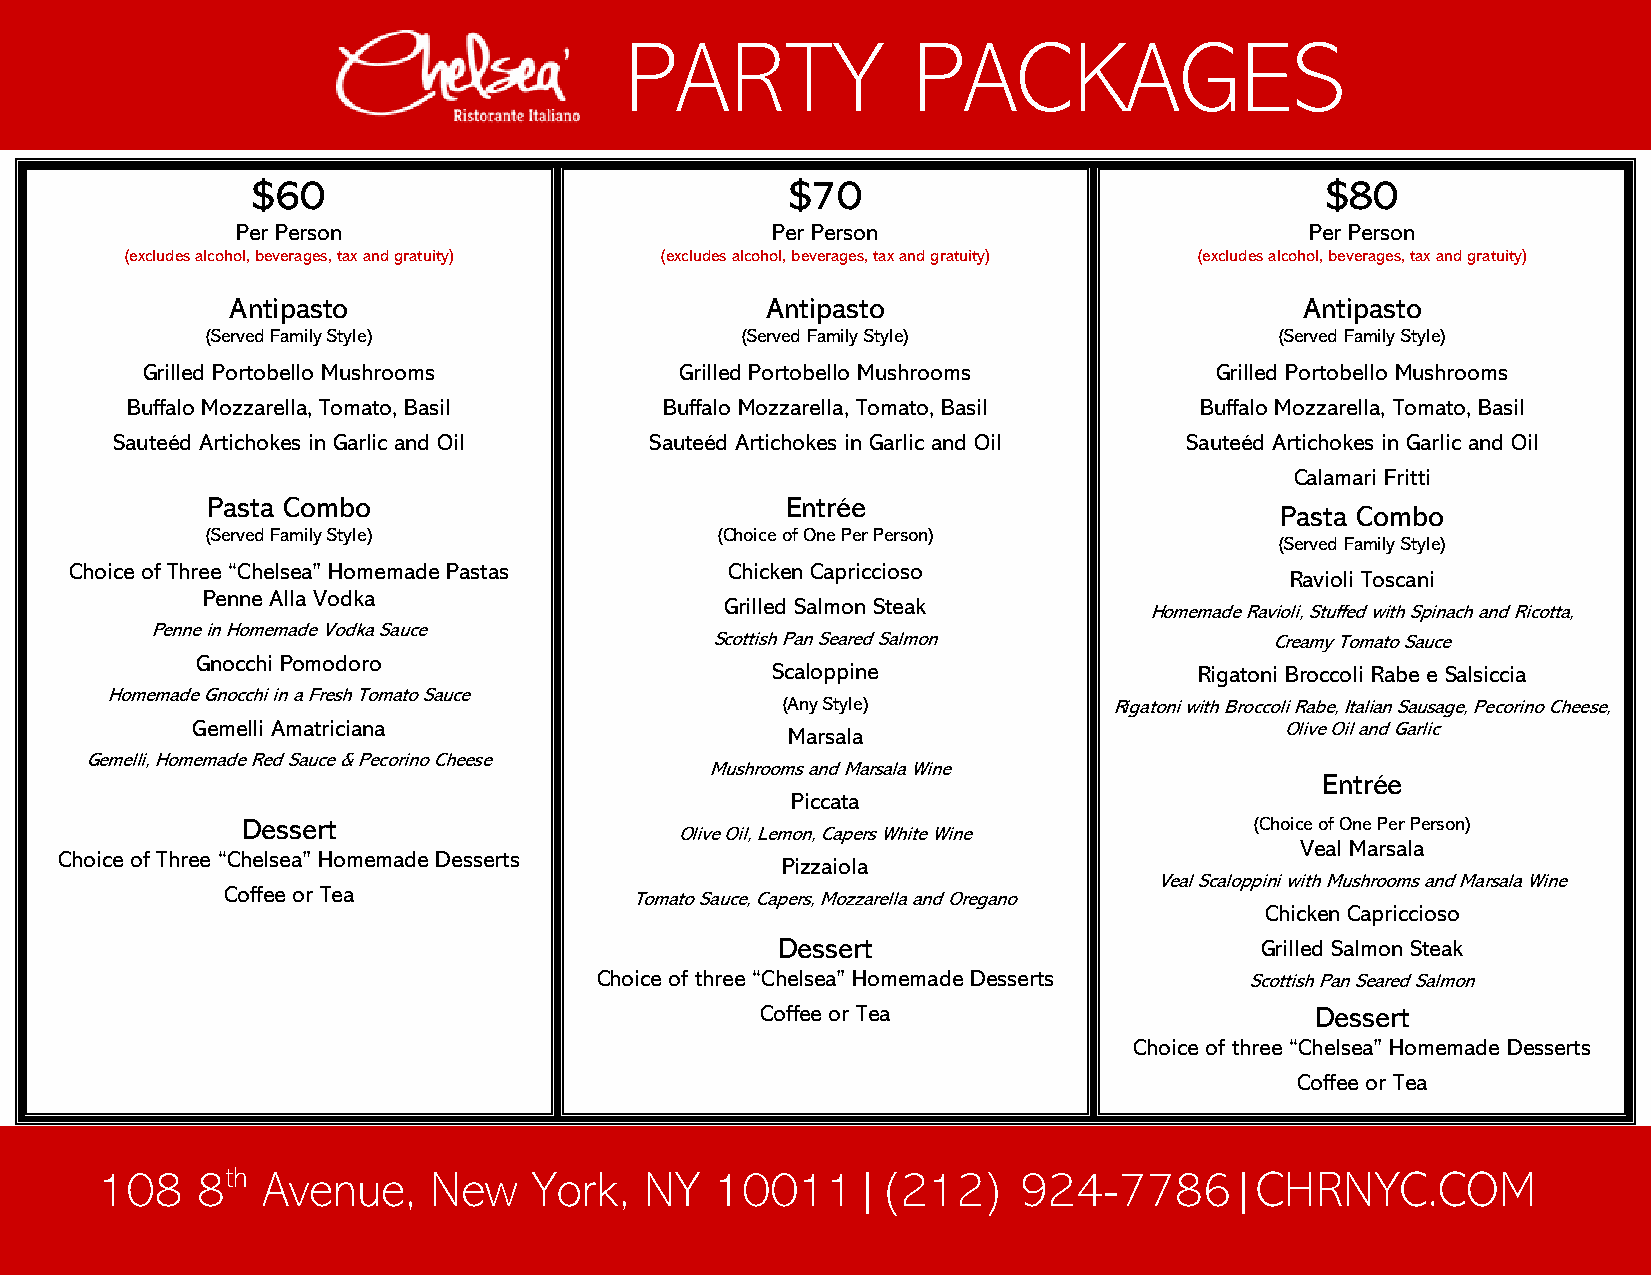
PARTY              PACKAGES
 $60                                $70                                 $80
 Per Person                         Per Person                          Per Person
 (excludes alcohol, beverages, tax and gratuity) (excludes alcohol, beverages, tax and gratuity) (excludes alcohol, beverages, tax and gratuity)
 Antipasto                           Antipasto                          Antipasto
 (Served Family Style)              (Served Family Style)               (Served Family Style)
 Grilled Portobello Mushrooms        Grilled Portobello Mushrooms       Grilled Portobello Mushrooms
 Buffalo Mozzarella, Tomato, Basil   Buffalo Mozzarella, Tomato, Basil  Buffalo Mozzarella, Tomato, Basil
 Sauteéd Artichokes in Garlic and Oil Sauteéd Artichokes in Garlic and Oil Sauteéd Artichokes in Garlic and Oil
 Calamari Fritti
 Pasta Combo                           Entrée
 Pasta Combo
 (Served Family Style)            (Choice of One Per Person)
 (Served Family Style)
 Choice of Three “Chelsea” Homemade Pastas  Chicken Capriccioso
 Ravioli Toscani
 Penne Alla Vodka
 Grilled Salmon Steak
 Homemade Ravioli, Stuffed with Spinach and Ricotta,
 Penne in Homemade Vodka Sauce
 Scottish Pan Seared Salmon           Creamy Tomato Sauce
 Gnocchi Pomodoro
 Scaloppine                  Rigatoni Broccoli Rabe e Salsiccia
 Homemade Gnocchi in a Fresh Tomato Sauce
 (Any Style)           Rigatoni with Broccoli Rabe, Italian Sausage, Pecorino Cheese,
 Gemelli Amatriciana                    Marsala                          Olive Oil and Garlic
 Gemelli, Homemade Red Sauce & Pecorino Cheese
 Mushrooms and Marsala Wine
 Entrée
 Piccata
 Dessert                                                            (Choice of One Per Person)
 Olive Oil, Lemon, Capers White Wine
 Veal Marsala
 Choice of Three “Chelsea” Homemade Desserts
 Pizzaiola
 Veal Scaloppini with Mushrooms and Marsala Wine
 Coffee or Tea              Tomato Sauce, Capers, Mozzarella and Oregano
 Chicken Capriccioso
 Dessert                         Grilled Salmon Steak
 Choice of three “Chelsea” Homemade Desserts Scottish Pan Seared Salmon
 Coffee or Tea                        Dessert
 Choice of three “Chelsea” Homemade Desserts
 Coffee or Tea
 108   8th Avenue,    New    York,   NY  10011|(212)         924-7786|CHRNYC.COM